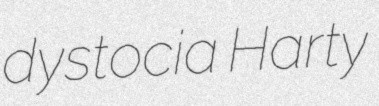
dystocia Harty